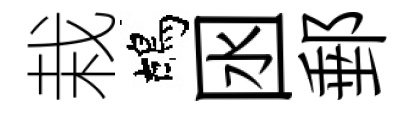
栽鴣囦郵